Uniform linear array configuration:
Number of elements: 16
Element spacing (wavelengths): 0.25
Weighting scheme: kaiser
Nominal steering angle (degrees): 45
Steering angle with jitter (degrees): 46.257
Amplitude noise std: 0.05
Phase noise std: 0.05

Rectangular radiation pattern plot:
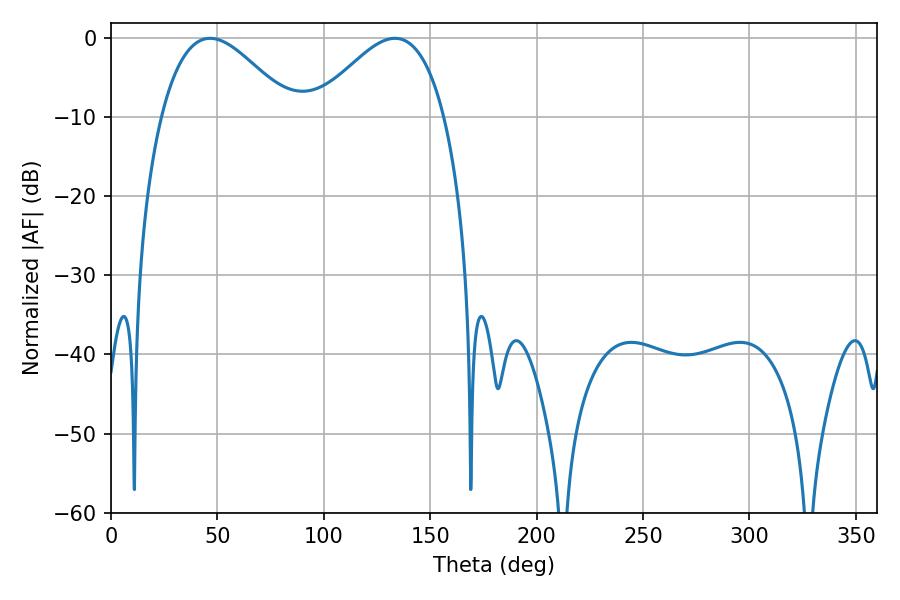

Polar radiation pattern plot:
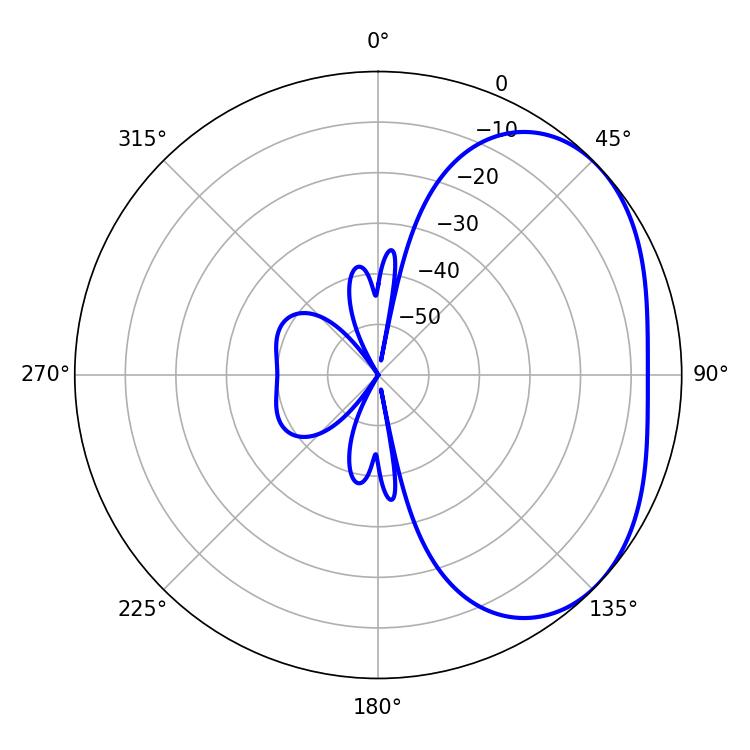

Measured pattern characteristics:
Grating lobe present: FALSE
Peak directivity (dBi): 3.091
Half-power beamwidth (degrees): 33.12
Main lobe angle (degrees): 46.62